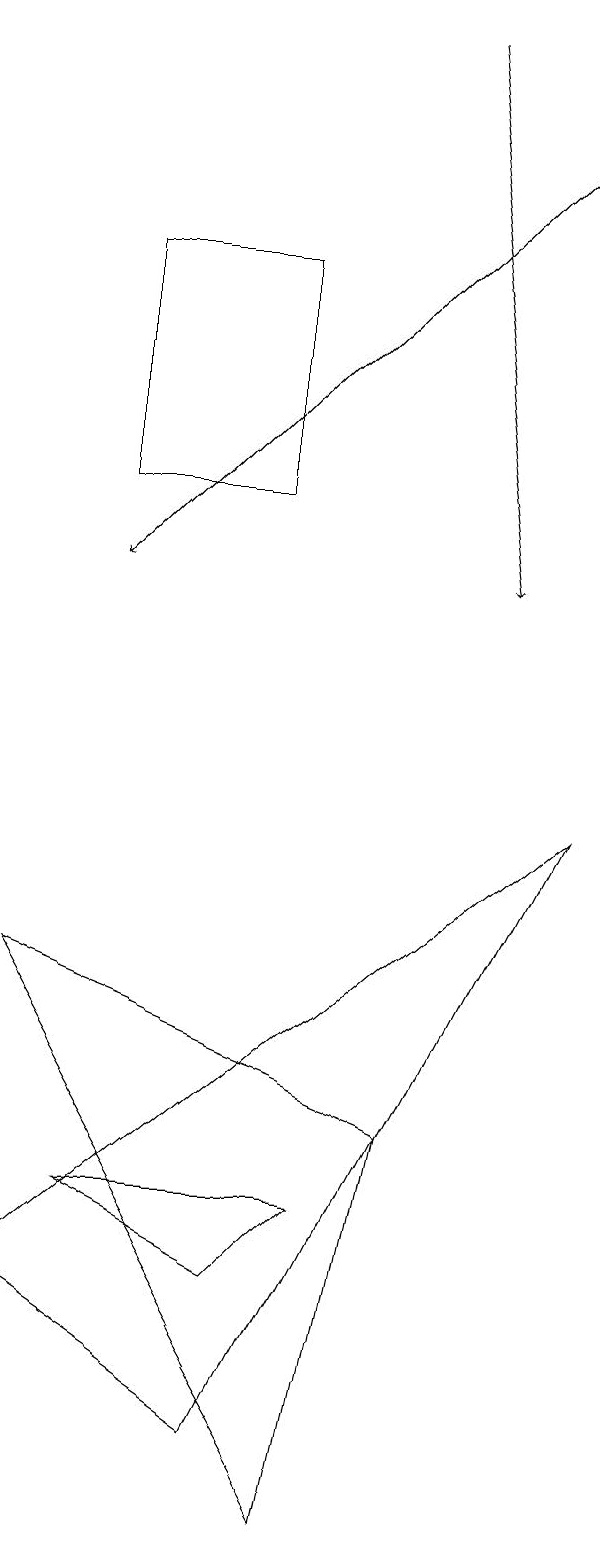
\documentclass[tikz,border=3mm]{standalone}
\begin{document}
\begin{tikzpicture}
\draw[->] (6,19) -- (7,12);
\draw (4,3) -- (5,4) -- (2,4) -- cycle;
\draw (4,16) rectangle (2,13);
\draw (6,5) -- (5,0) -- (1,7) -- cycle;
\draw (8,9) -- (4,1) -- (1,3) -- cycle;
\draw[->] (8,18) -- (2,12);
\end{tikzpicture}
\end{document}